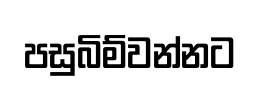
පසුබිම්වන්නට